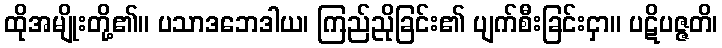
ထိုအမျိုးတို့၏။ ပသာဒဘေဒါယ၊ ကြည်ညိုခြင်း၏ ပျက်စီးခြင်းငှာ။ ပဋိပဇ္ဇတိ၊